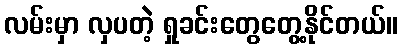
လမ်းမှာ လှပတဲ့ ရှုခင်းတွေတွေ့နိုင်တယ်။